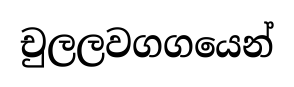
චුලලවගගයෙන්